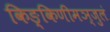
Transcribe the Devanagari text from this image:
किङ्किणीमञ्जुलं